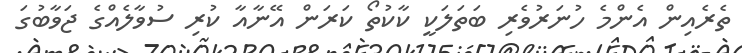
ތެރެއިން އެންމެ ހުނަރުވެރި ބަތަލަކީ ކާކުތޯ ކަރަން އޭނާއާ ކުރި ސުވާލެއްގެ ޖަވާބުގަ